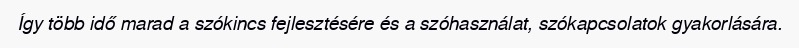
Így több idő marad a szókincs fejlesztésére és a szóhasználat, szókapcsolatok gyakorlására.